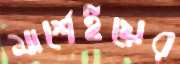
মার্শেইয়ের